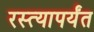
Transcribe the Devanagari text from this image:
रस्त्यापर्यंत